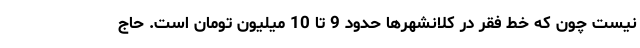
نیست چون که خط فقر در کلانشهرها حدود 9 تا 10 میلیون تومان است. حاج